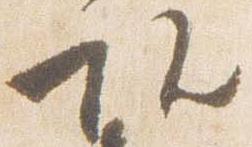
頭